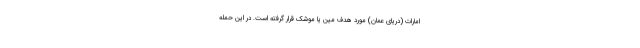
امارات (دریای عمان) مورد هدف مین یا موشک قرار گرفته است. در این حمله